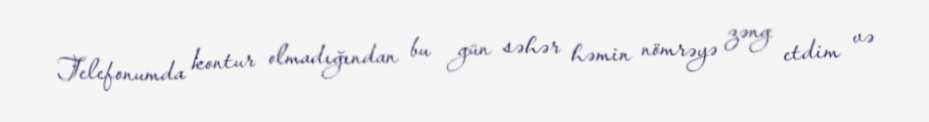
Telefonumda kontur olmadığından bu gün səhər həmin nömrəyə zəng etdim və